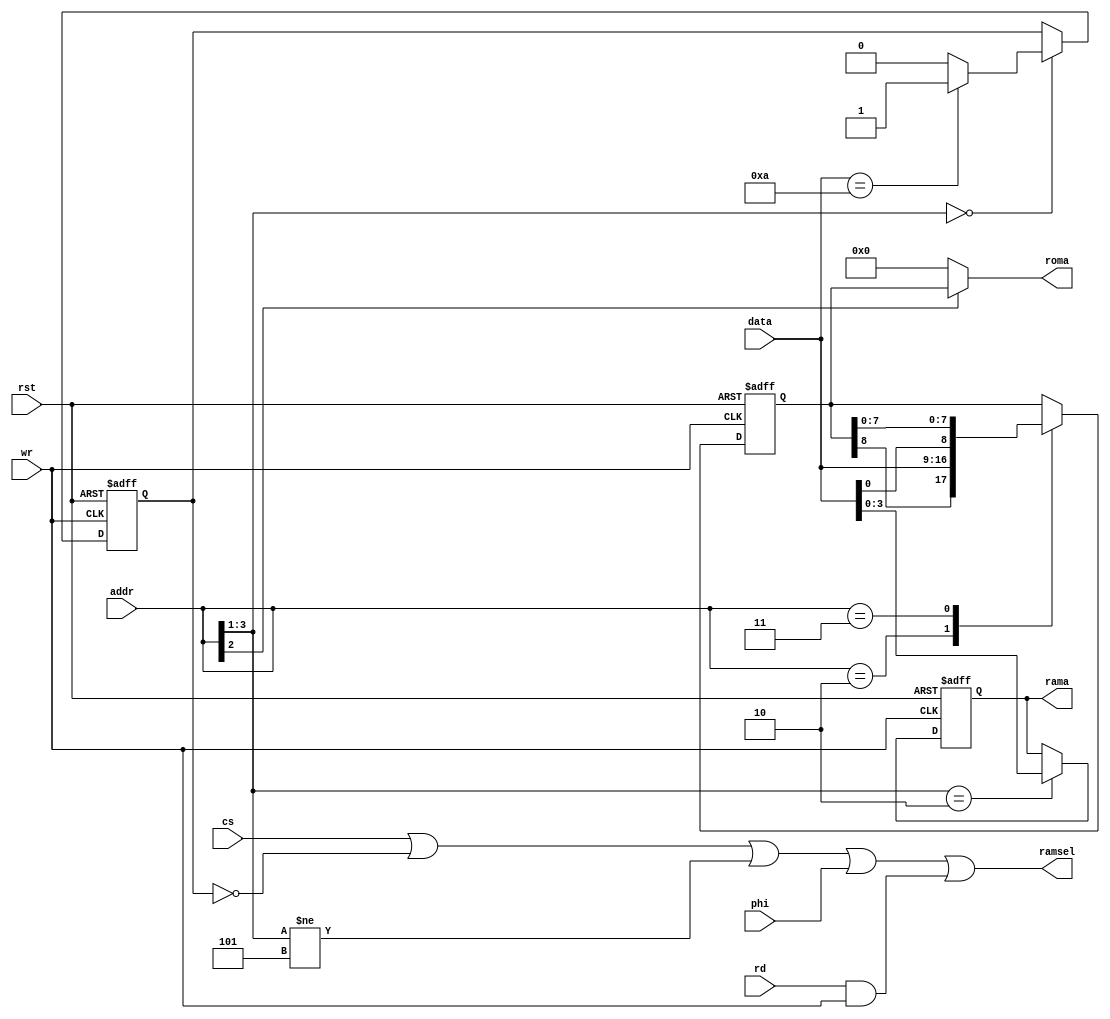
//******************************************************************************
//* mbc5.v
//* 
//* GameBoy memory bank controller
//* Max ROM size: 64Mbit
//* Max SRAM size: 1Mbit
//* 
//* $0000-3FFF  (R): ROM Bank 0
//* $4000-7FFF  (R): ROM Bank $00-1FF
//* $A000-BFFF (RW): RAM Bank $00-0F (Unlike MBC1, Bank $00 is actually $00)
//* $0000-1FFF  (W): RAM Enable ($0A = Enable, anything else = Disable)
//* $2000-2FFF  (W): ROM Bank, low 8 bits
//* $3000-3FFF  (W): ROM Bank, high bit
//* $4000-5FFF  (W): RAM Bank
//******************************************************************************

module mbc5(
    input [15:12] addr,
    input [7:0] data,
    input cs,
    input phi,		// Not used on the original MBC5, only needed for FRAM support
    input rd,		// Not used on the original MBC5, only needed for FRAM support
    input wr,
    input rst,
    output [22:14] roma,
    output reg [16:13] rama,
    output ramsel
    );

reg [22:14] romb;
reg ramen;

assign roma = addr[14] ? romb : 9'd0;

// The final || phi || (rd && wr) does not match the original behavior. It
// is included to support FRAM which requires /CS to toggle on every access.
assign ramsel = cs || !ramen || addr[15:13] != 3'b101 || phi || (rd && wr);

always @(negedge rst or posedge wr)
begin
    if(!rst)
    begin
        romb = 9'd1;
        rama = 4'd0;
        ramen = 1'b0;
    end
    else
        casex(addr)
            4'b000x:    // $0000-1FFF: RAM enable, $0A = On, Anything else = Off
            begin
                if(data == 8'h0A)
                begin
                    romb = romb;
                    rama = rama;
                    ramen = 1'b1;
                end
                else
                begin
                    romb = romb;
                    rama = rama;
                    ramen = 1'b0;
                end
            end
            
            4'b0010:    // $2000-2FFF: Low 8 bits of ROM Bank
            begin
                romb = {romb[22], data};
                rama = rama;
                ramen = ramen;
            end
            
            4'b0011:    // $3000-3FFF: High bit of ROM Bank
            begin
                romb = {data[0], romb[21:14]};
                rama = rama;
                ramen = ramen;
            end
            
            4'b010x:    // $4000-5FFF: RAM Bank
            begin
                romb = romb;
                rama = data;
                ramen = ramen;
            end
            
            default:
            begin
                romb = romb;
                rama = rama;
                ramen = ramen;
            end
        endcase
end

endmodule